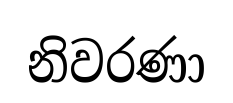
නිවරණා